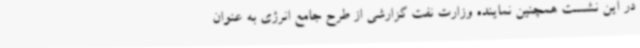
در این نشست همچنین نماینده وزارت نفت گزارشی از طرح جامع انرژی به عنوان